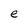
Character: e